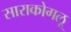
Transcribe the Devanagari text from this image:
साराकोगलू